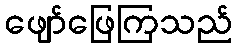
ဖျော်ဖြေကြသည်